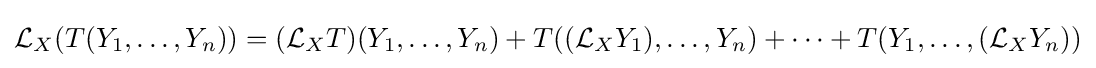
{\mathcal {L}}_{X}(T(Y_{1},\ldots ,Y_{n}))=({\mathcal {L}}_{X}T)(Y_{1},\ldots ,Y_{n})+T(({\mathcal {L}}_{X}Y_{1}),\ldots ,Y_{n})+\cdots +T(Y_{1},\ldots ,({\mathcal {L}}_{X}Y_{n}))